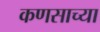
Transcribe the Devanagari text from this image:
कणसाच्या